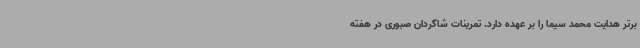
برتر هدایت محمد سیما را بر عهده دارد. تمرینات شاگردان صبوری در هفته